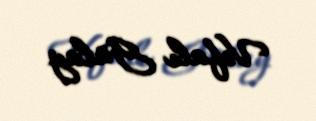
Vəfalı Gülay